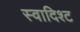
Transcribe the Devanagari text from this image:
स्वादिश्ट